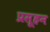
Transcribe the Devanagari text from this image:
प्रसूहन